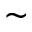
\sim